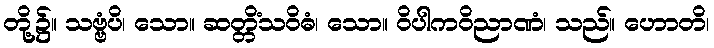
တို့၌။ သဗ္ဗံပိ၊ သော။ ဆတ္တိံသဝိဓံ၊ သော။ ဝိပါကဝိညာဏံ၊ သည်။ ဟောတိ၊